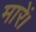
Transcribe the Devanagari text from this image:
मारें।